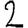
Digit: 2